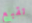
تقبع